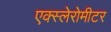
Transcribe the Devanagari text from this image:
एक्स्लेरोमीटर